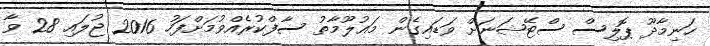
ހަނިމާދޫ ޕޮލިސް ސްޓޭޝަނަށް ވަޑައިގެން މަޢުލޫމާތު ސާފްކުރެއްވުމަށްފަހު 2016 ޖުލައި 28 ވާ